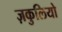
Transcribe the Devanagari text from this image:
ज़कुलियो